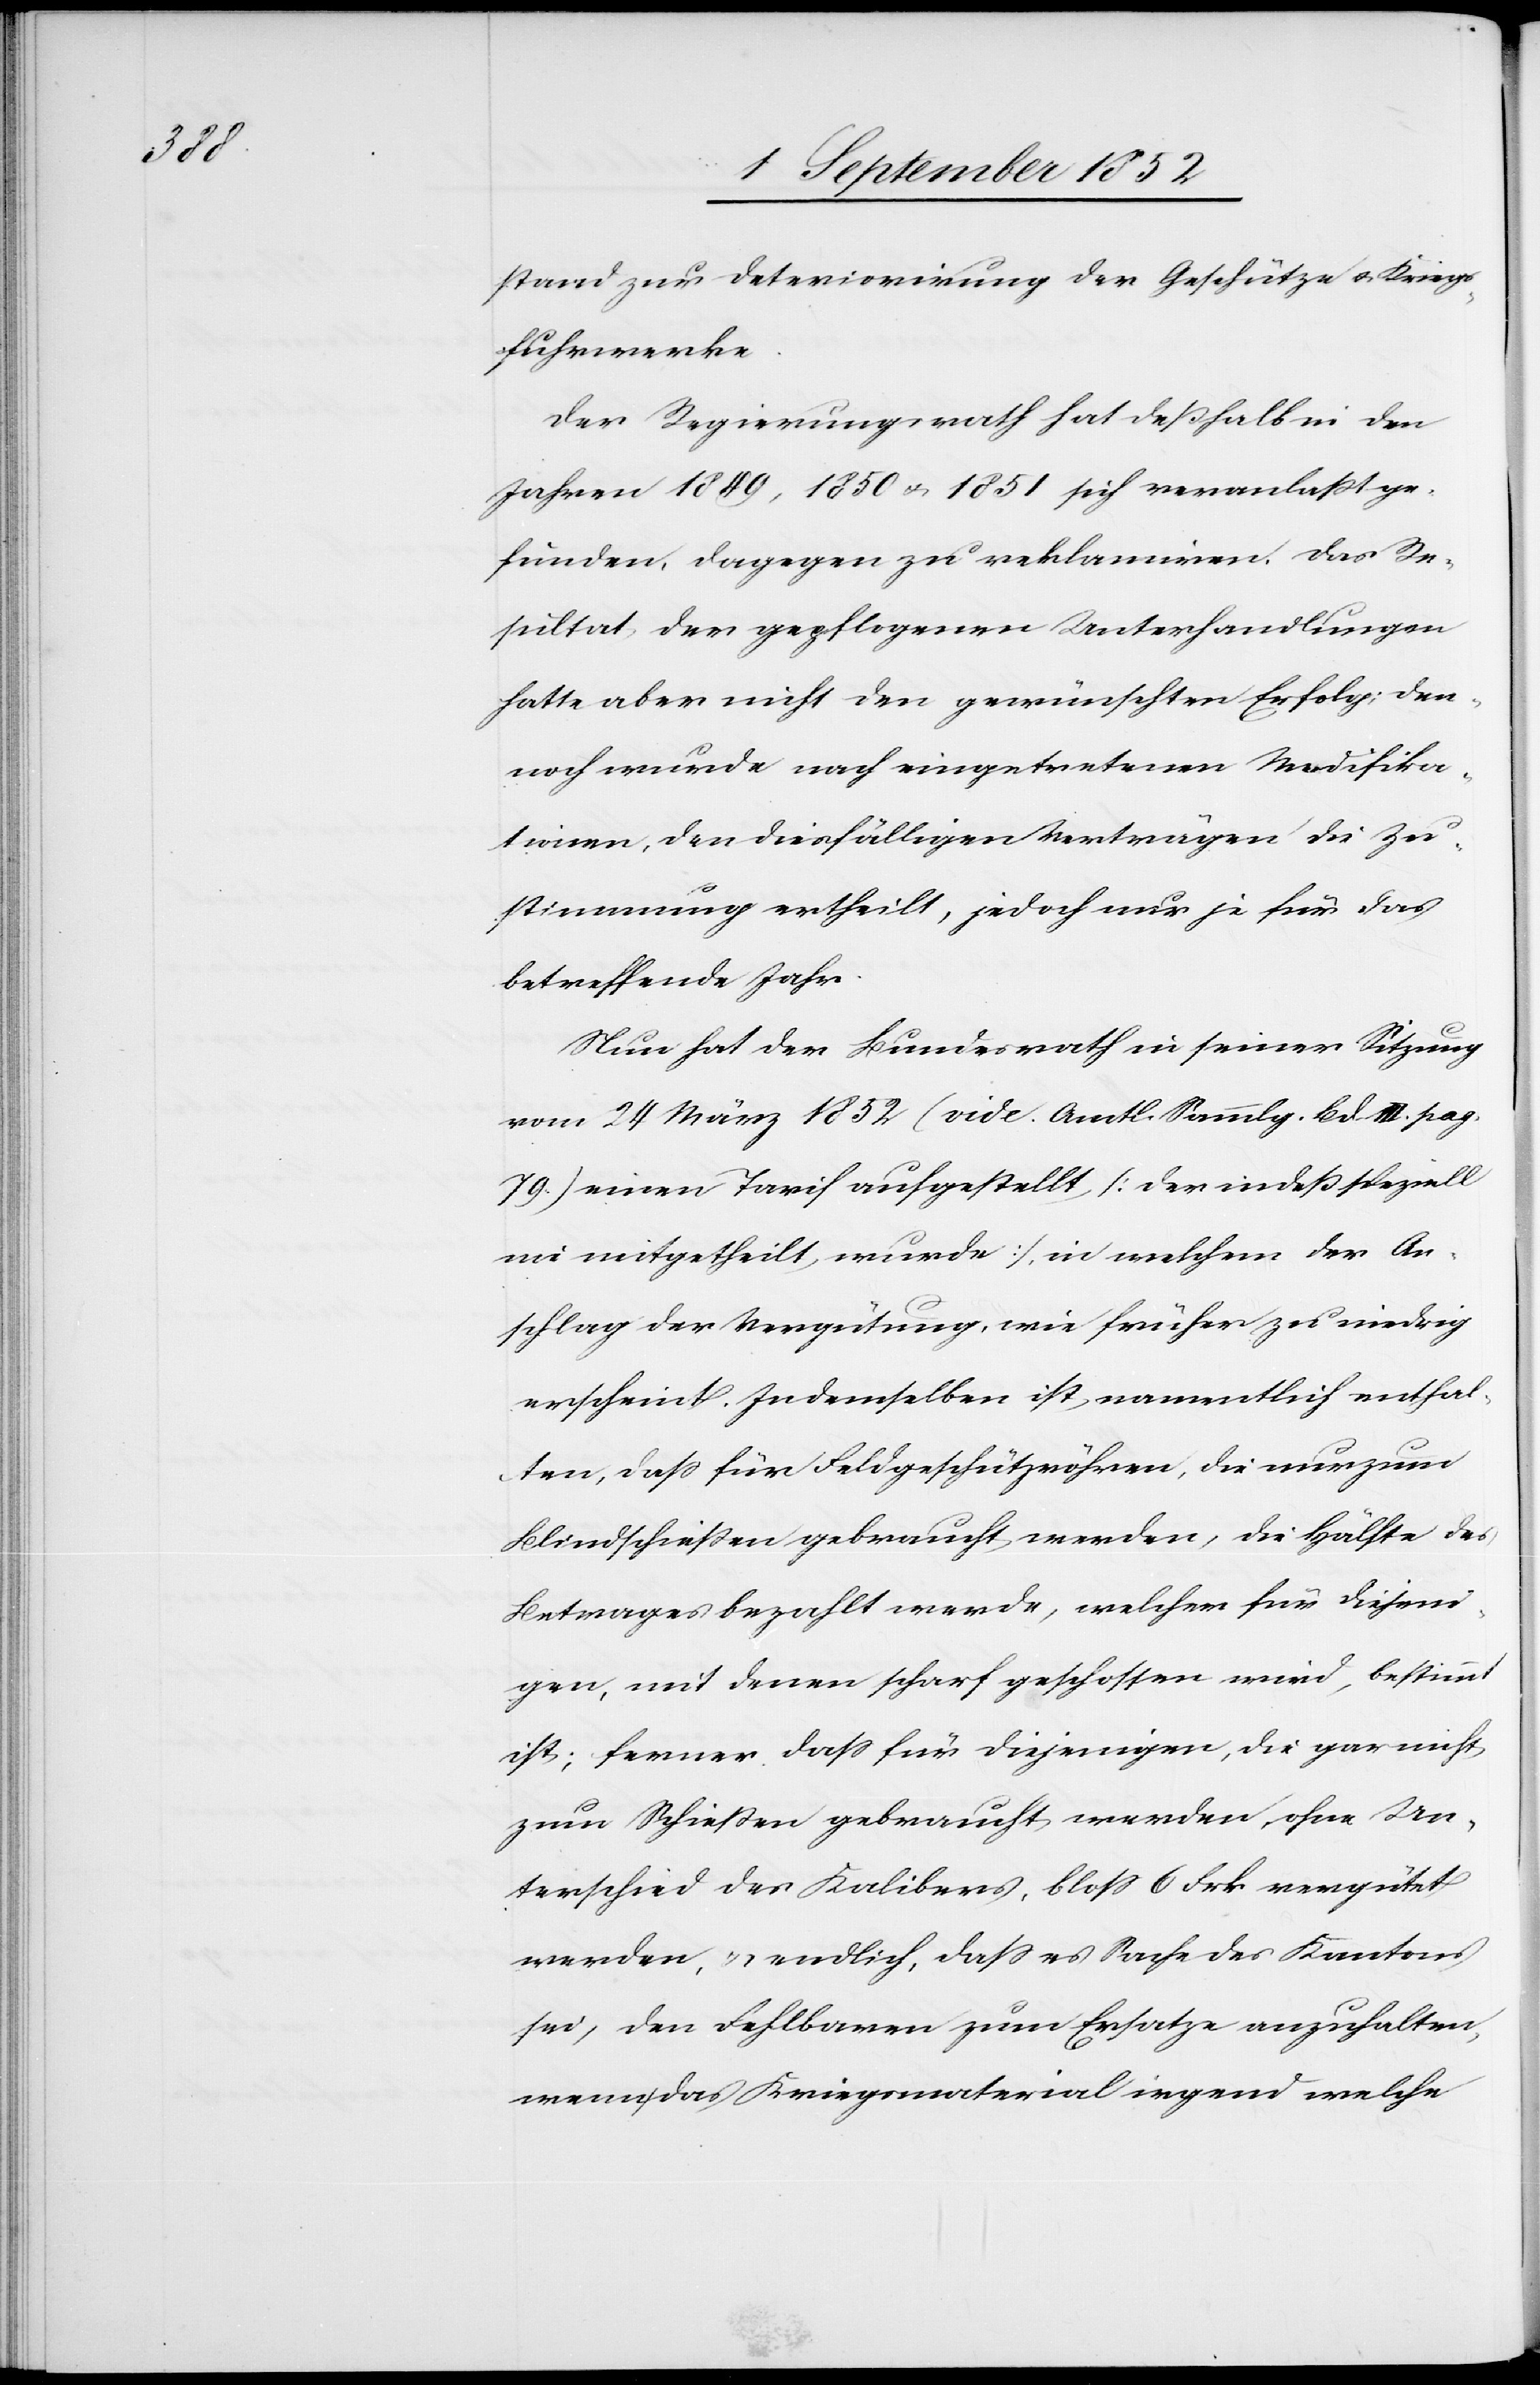
stand zur Deteriorirung der Geschütze & Kriegs¬
fuhrwerke.
Der Regierungsrath hat deßhalb in den
Jahren 1849, 1850 & 1851 sich veranlaßt ge¬
funden, dagegen zu reklamiren. Das Re¬
sultat der gepflogenen Unterhandlungen
hatte aber nicht den gewünschten Erfolg; den¬
noch wurde nach eingetretenen Modifika¬
tionen, den diesfälligen Verträgen die Zu¬
stimmung ertheilt, jedoch nur je für das
betreffende Jahr.
Nun hat der Bundesrath in seiner Sitzung
vom 24 März 1852 (vide Amtl. Sammlg. Bd. III. pag.
79.) einen Tarif aufgestellt [der indeß speziell
nie mitgetheilt wurde], in welchem der An¬
schlag der Vergütung, wie früher zu niedrig
erscheint. In demselben ist namentlich enthal¬
ten, dass für Feldgeschützröhren, die nur zum
Blindschießen gebraucht werden, die Hälfte des
Betrages bezahlt werde, welcher für diejeni¬
gen, mit denen scharf geschossen wird, bestimmt
ist; ferner dass für diejenigen, die gar nicht
zum Schießen gebraucht werden, ohne Un¬
terschied des Kalibers, bloss 6 Frk vergütet
werden, & endlich, dass es Sache des Kantons
sei, den Fehlbaren zum Ersatze anzuhalten,
wenn das Kriegsmaterial irgend welche